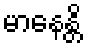
မာနေန္တိ